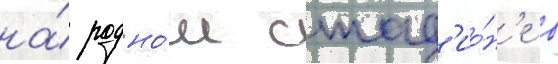
на́ родно́м стад'ио́н'е в